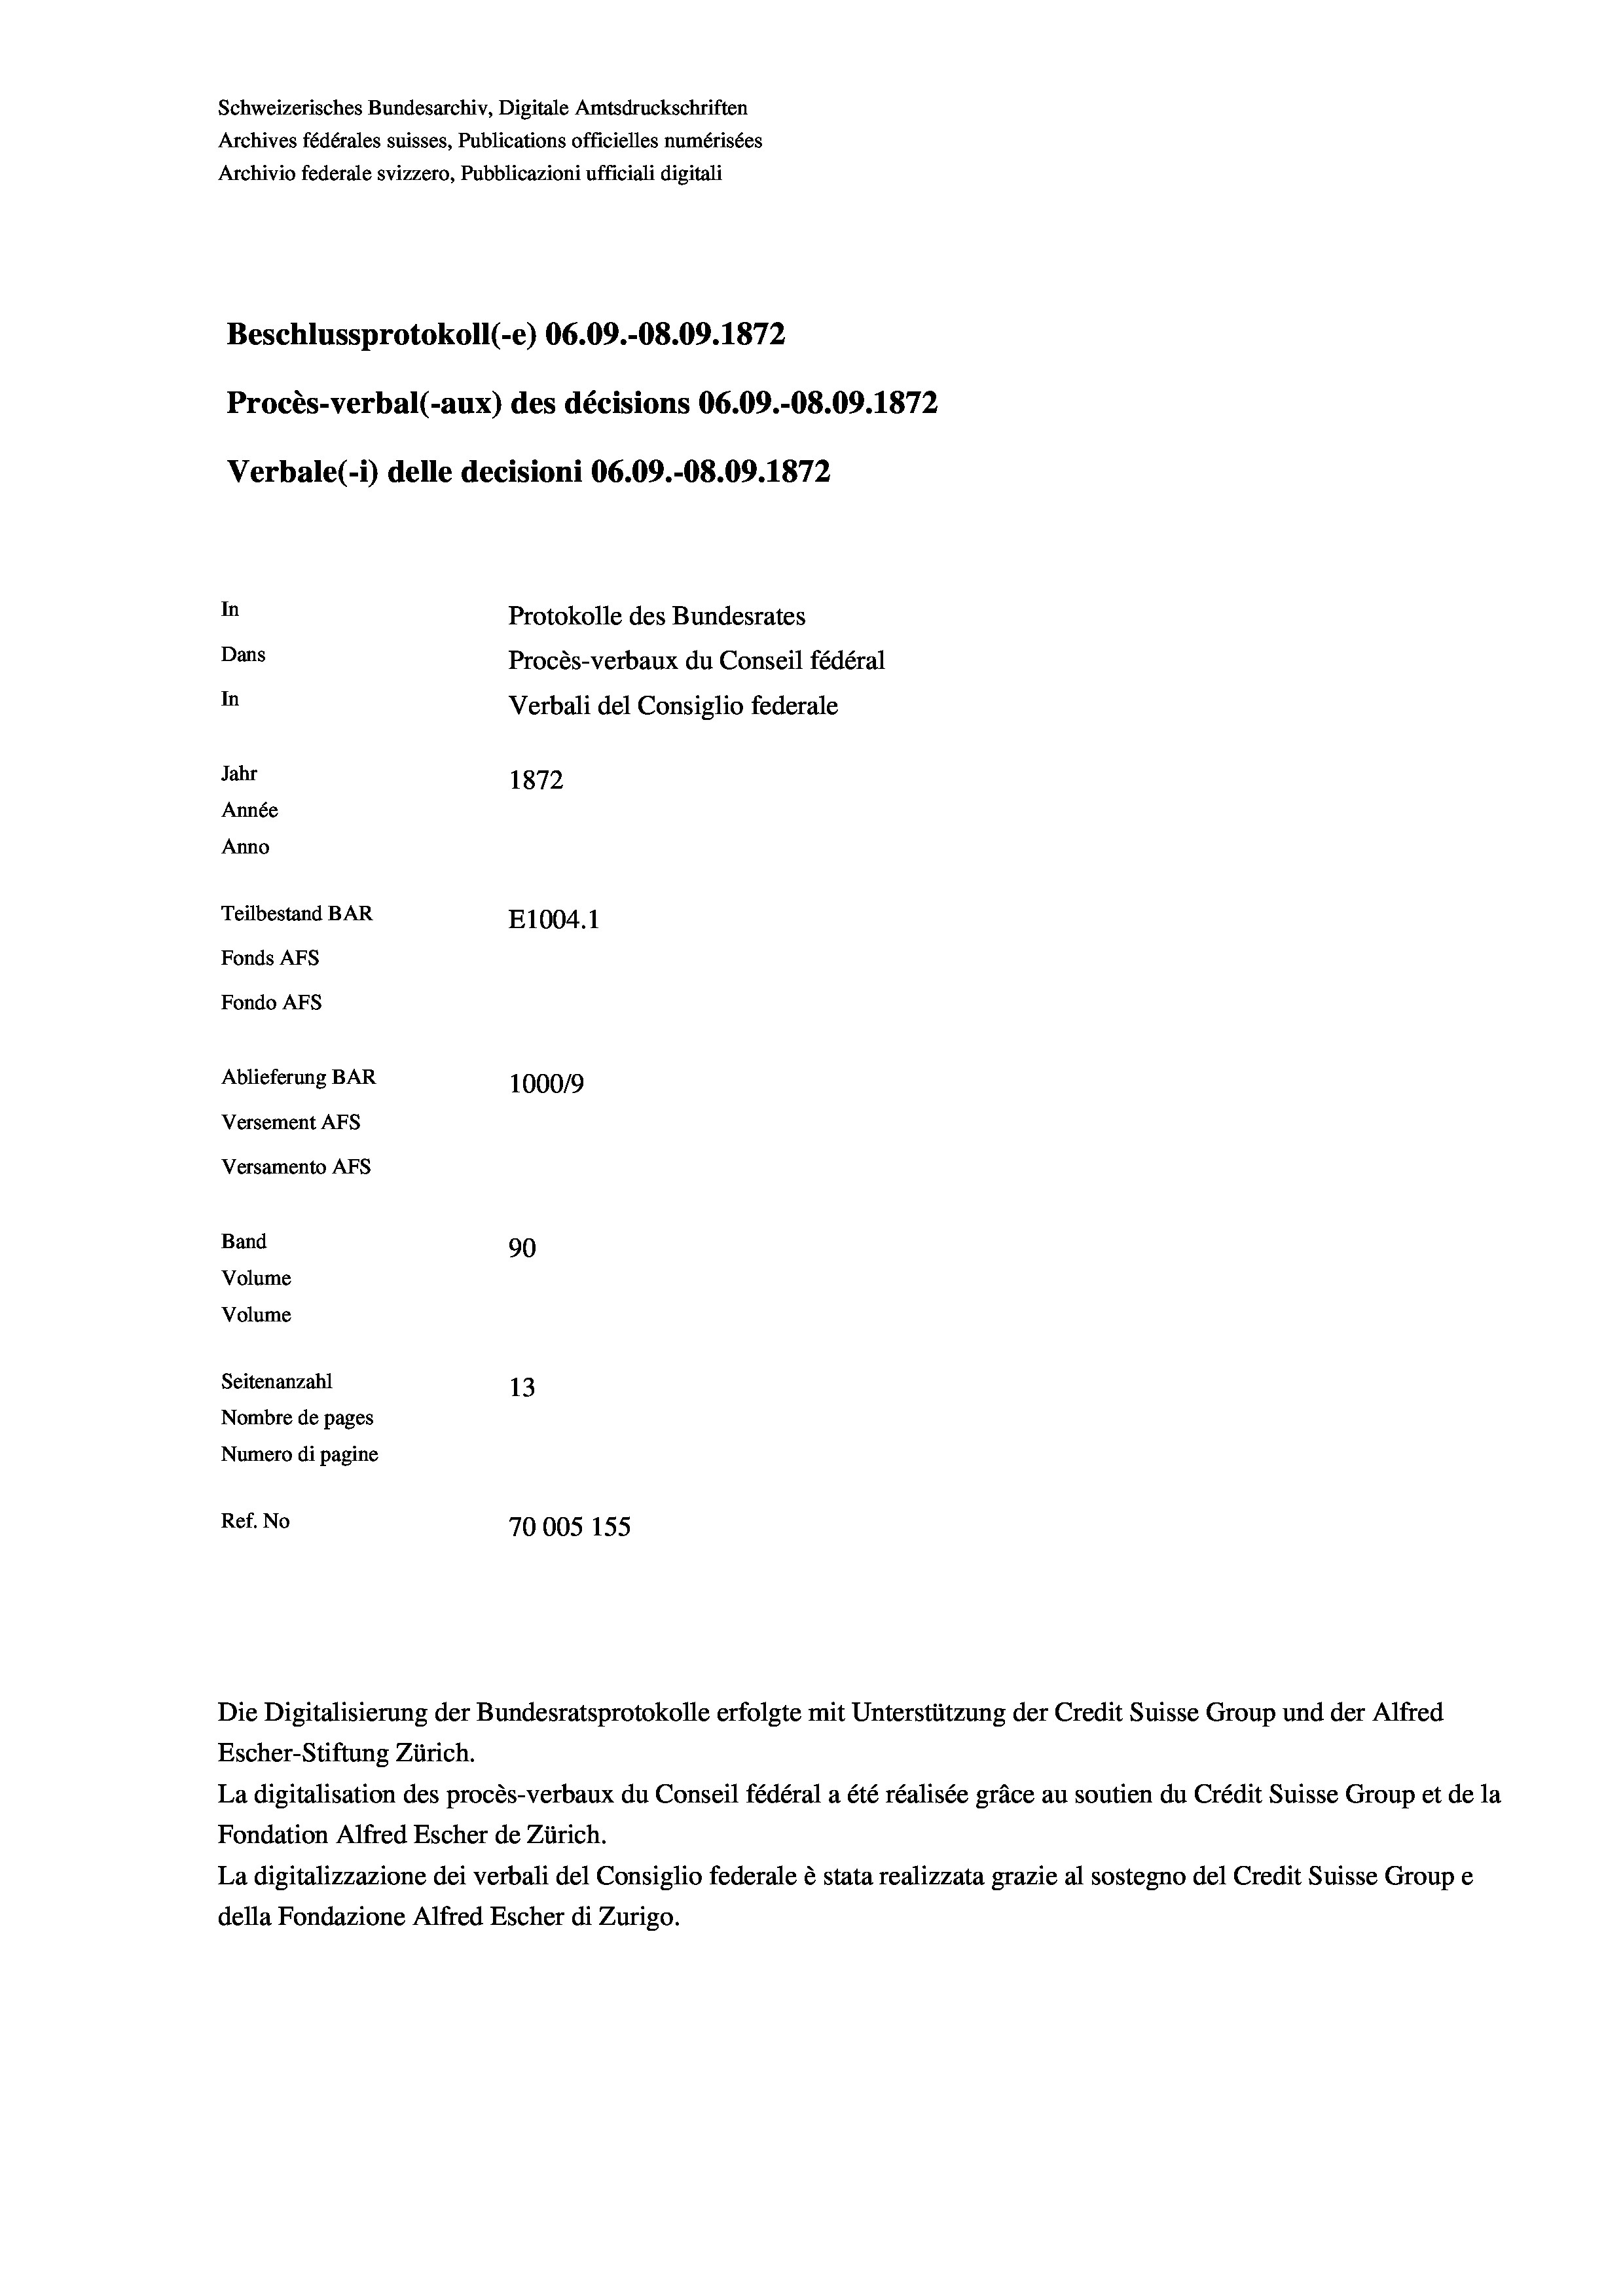
Schweizerisches Bundesarchiv, Digitale Amtsdruckschriften
Archives fédérales suisses, Publications officielles numérisées
Archivio federale svizzero, Pubblicazioni ufficiali digitali
Beschlussprotokoll (-e) 06.09.-08.09. 1872
Procès-verbal (-aux) des décisions 06.09.-08.09. 1872
Verbale (- 1) delle decisioni 06.09.-08.09. 1872
In
Protokolle des Bundesrates
Dans
Procès-verbaux du Conseil fédéral
In
Verbali del Consiglio federale
Jahr
1872
Année
Anno
Teilbestand BAR
E1004. 1
Fonds AFs
Fondo Afs
Ablieferung BAR
1000/9
Versement AFs
Versamento Afs
Band

90
13
Ref. No
70005 155

Volume
Volume

Seitenanzahl
Nombre de pages
Numero di pagine

Escher-Stiftung Zürich.
La digitalisation des procès-verbaux du Conseil fédéral a été réalisée gräce au soutien du Crédit Suisse Group et de la
Fondation Alfred Escher de Zürich.
La digitalizzazione dei verbali del Consiglio federale è stata realizzata grazie al sostegno del Credit Suisse Groupe
della Fondazione Alfred Escher di Zurigo.

Die Digitalisierung der Bundesratsprotokolle erfolgte mit Unterstützung der Credit Suisse Group und der Alfred